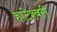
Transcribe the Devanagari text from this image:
हाटेश्वरी